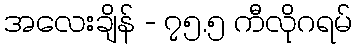
အလေးချိန် - ၇၅.၅ ကီလိုဂရမ်